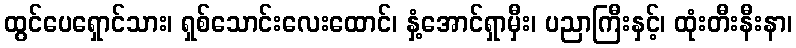
ထွင်ပေရှောင်သား၊ ရှစ်သောင်းလေးထောင်၊ နှံ့အောင်ရှာမှီး၊ ပညာကြီးနှင့်၊ ထုံးတီးနီးနာ၊